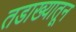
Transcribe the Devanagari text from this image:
तडाख्यातून